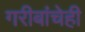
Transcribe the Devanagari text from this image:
गरीबांचेही